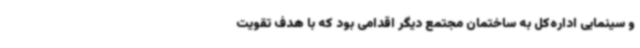
و سینمایی اداره‌کل به ساختمان مجتمع دیگر اقدامی بود که با هدف تقویت